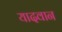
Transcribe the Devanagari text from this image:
यादवान